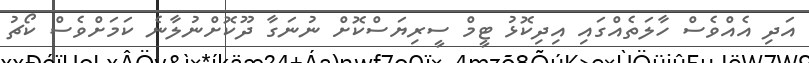
އަދި އެއްވެސް ހާލަތެއްގައި އިދިކޮޅު ޓީމް ސީރިޔަސްކޮށް ނުނަގާ ދޫކޮށްނުލާނެ ކަމަށްވެސް ކޯޗު